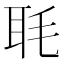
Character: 毦